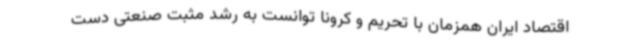
اقتصاد ایران همزمان با تحریم و کرونا توانست به رشد مثبت صنعتی دست